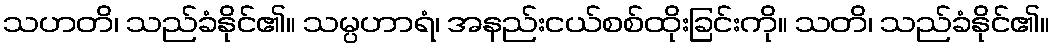
သဟတိ၊ သည်ခံနိုင်၏။ သမ္ပဟာရံ၊ အနည်းငယ်စစ်ထိုးခြင်းကို။ သတိ၊ သည်ခံနိုင်၏။